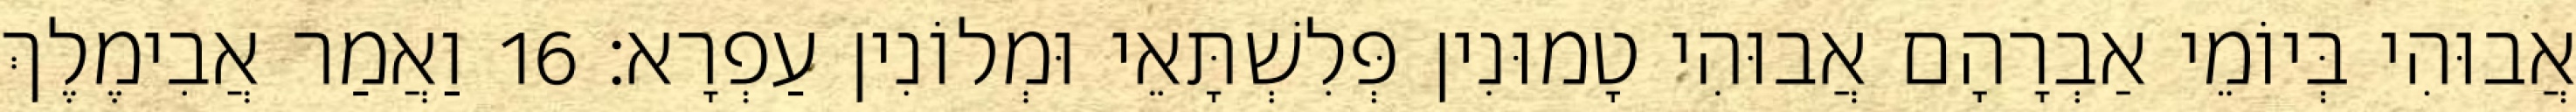
אֲבוּהִי בְּיוֹמֵי אַבְרָהָם אֲבוּהִי טָמוּנִין פְּלִשְׁתָּאֵי וּמְלוֹנִין עַפְרָא׃ 16 וַאֲמַר אֲבִימֶלֶךְ